Leaving Certificate Examination (including Day School Certificate (Higher) General paper), 1933
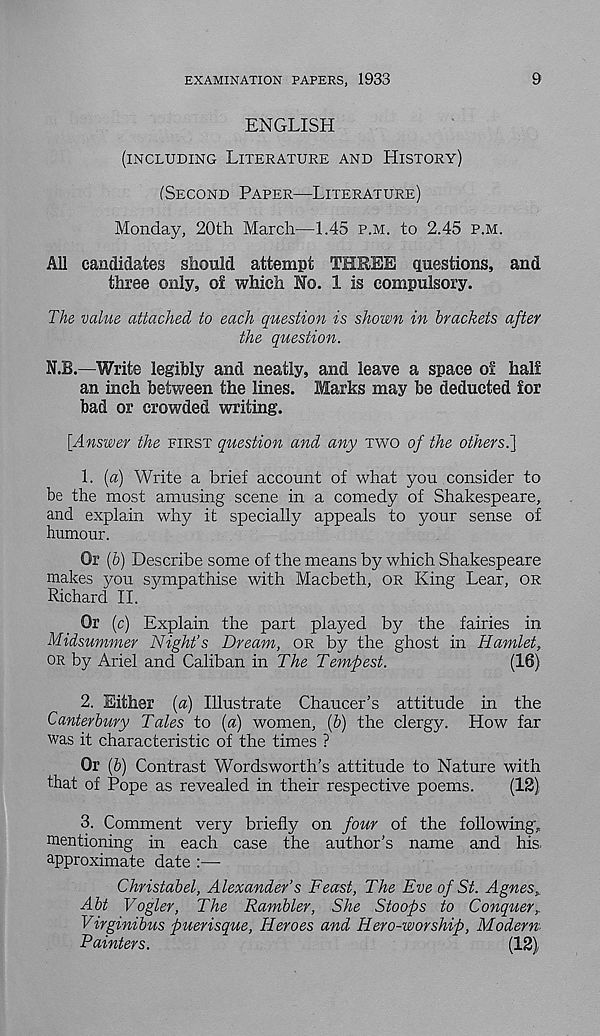
EXAMINATION PAPERS, 1933
9
ENGLISH
(INCLUDING LITERATURE AND HISTORY)
(SECOND PAPER—LITERATURE)
Monday, 20th March—1.45 P.M. to 2.45 P.M.
All candidates should attempt THREE questions, and
three only, o! which No. 1 is compulsory.
The value attached to each question is shown in brackets after
the question.
N.B.—Write legibly and neatly, and leave a space of half
an inch between the lines. Marks may be deducted for
bad or crowded writing.
[Answer the FIRST question and any TWO of the others.}
1. [a) Write a brief account of what you consider to
be the most amusing scene in a comedy of Shakespeare,
and explain why it specially appeals to your sense of
humour.
Or (b) Describe some of the means by which Shakespeare
makes you sympathise with Macbeth, OR King Lear, OR
Richard II.
Or (c) Explain the part played by the fairies in
Midsummer Night’s Dream, OR by the ghost in Hamlet,
OR by Ariel and Caliban in The Tempest.
(16)
2. Either (a) Illustrate Chaucer’s attitude in the
Canterbury Tales to {a) women, (6) the clergy. How far
was it characteristic of the times ?
Or (6) Contrast Wordsworth’s attitude to Nature with
that of Pope as revealed in their respective poems.
(12)
3. Comment very briefly on four of the following,
mentioning in each case the author’s name and his.
approximate date :—
Christabel, Alexander’s Feast, The Eve of St. Agnes,
Abt Vogler, The Rambler, She Stoops to Conquer,
Virginibus puerisque, Heroes and Hero-worship, Modem
Painters.
(12)